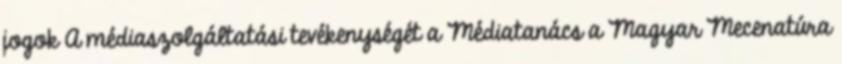
jogok A médiaszolgáltatási tevékenységét a Médiatanács a Magyar Mecenatúra